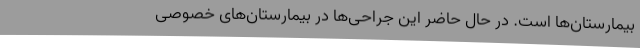
بیمارستان‌ها است. در حال حاضر این جراحی‌ها در بیمارستان‌های خصوصی